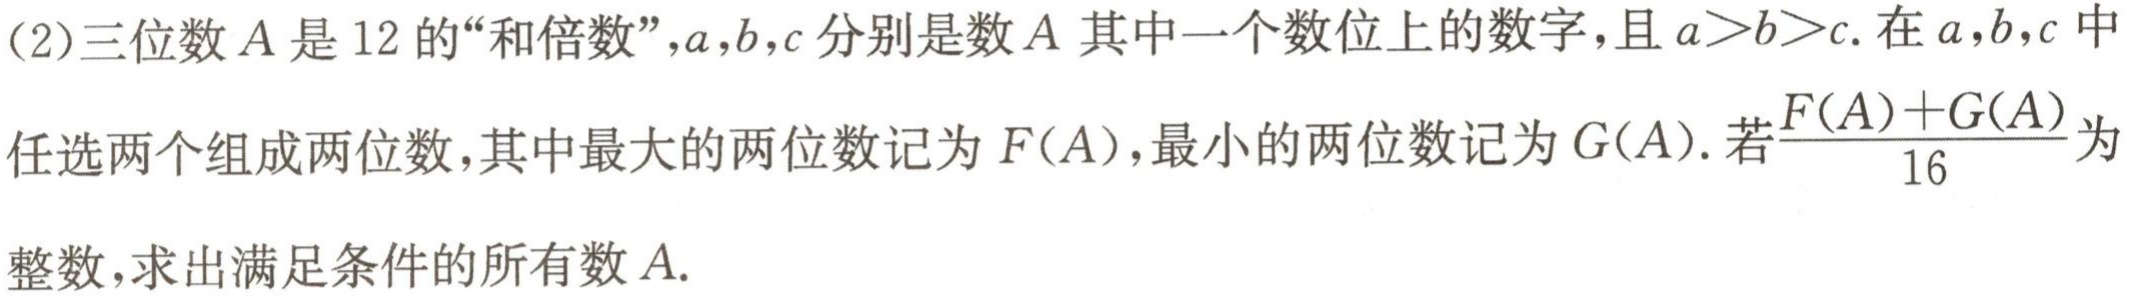
(2)三位数\(A\)是\(12\)的“和倍数”,\(a,b,c\)分别是数\(A\)其中一个数位上的数字,且\(a > b > c\).在\(a,b,c\)中任选两个组成两位数,其中最大的两位数记为\(F(A)\),最小的两位数记为\(G(A)\).若\(\frac{F(A)+G(A)}{16}\)为整数,求出满足条件的所有数\(A\).